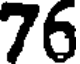
76